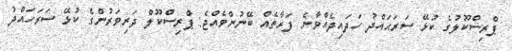
ޕްރިސްކޫލުގެ ކުޅޭ ސަރަޙައްދު ހަދައިދެއްވާނެ ފަރާތެއް ބޭނުންވެއްޖެ: ޕްރިސްކޫލް ދަރިވަރުންގެ ކުޅޭ ސަރަހައްދު